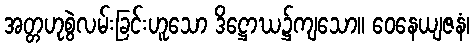
အတ္တဟုစွဲလမ်းခြင်းဟူသော ဒိဋ္ဌောဃ၌ကျသော။ ဝေနေယျဇနံ၊